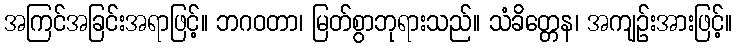
အကြင်အခြင်းအရာဖြင့်။ ဘဂဝတာ၊ မြတ်စွာဘုရားသည်။ သံခိတ္တေန၊ အကျဉ်းအားဖြင့်။